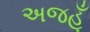
અજહૂઁ